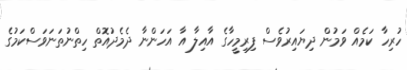
ހުރިހާ ކަމެއް ވަމުން ދިޔައިރުވެސް ފިރިމީހާގެ އާއިލާ އާ އަހަންނާ ދެމެދުއޮތް ހިތްނުތަނަވަސްކަމުގެ